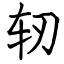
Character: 轫